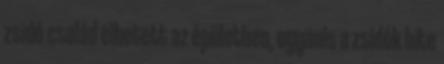
zsidó család élhetett az épületben, ugyanis a zsidók hite